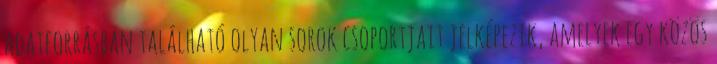
adatforrásban található olyan sorok csoportjait jelképezik, amelyek egy közös